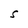
Character: S